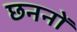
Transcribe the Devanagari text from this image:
छननों